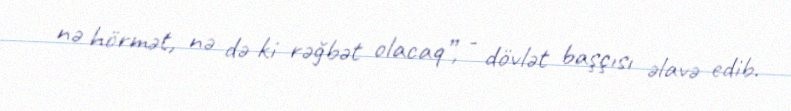
nə hörmət, nə də ki rəğbət olacaq”, - dövlət başçısı əlavə edib.